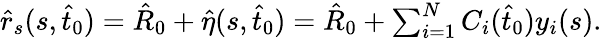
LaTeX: \begin{array}{r}{\hat{r}_{s}(s,\hat{t}_{0})=\hat{R}_{0}+\hat{\eta}(s,\hat{t}_{0})=\hat{R}_{0}+\sum_{i=1}^{N}C_{i}(\hat{t}_{0})y_{i}(s).}\end{array}